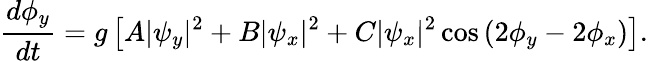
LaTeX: \frac{d\phi_{y}}{dt}=g\left[A|\psi_{y}|^{2}+B|\psi_{x}|^{2}+C|\psi_{x}|^{2}\cos\left(2\phi_{y}-2\phi_{x}\right)\right].